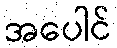
အပေါင်